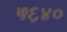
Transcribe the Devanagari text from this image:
५६४०